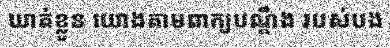
ឃាត់ខ្លួន យោងតាមពាក្យបណ្តឹង របស់បង